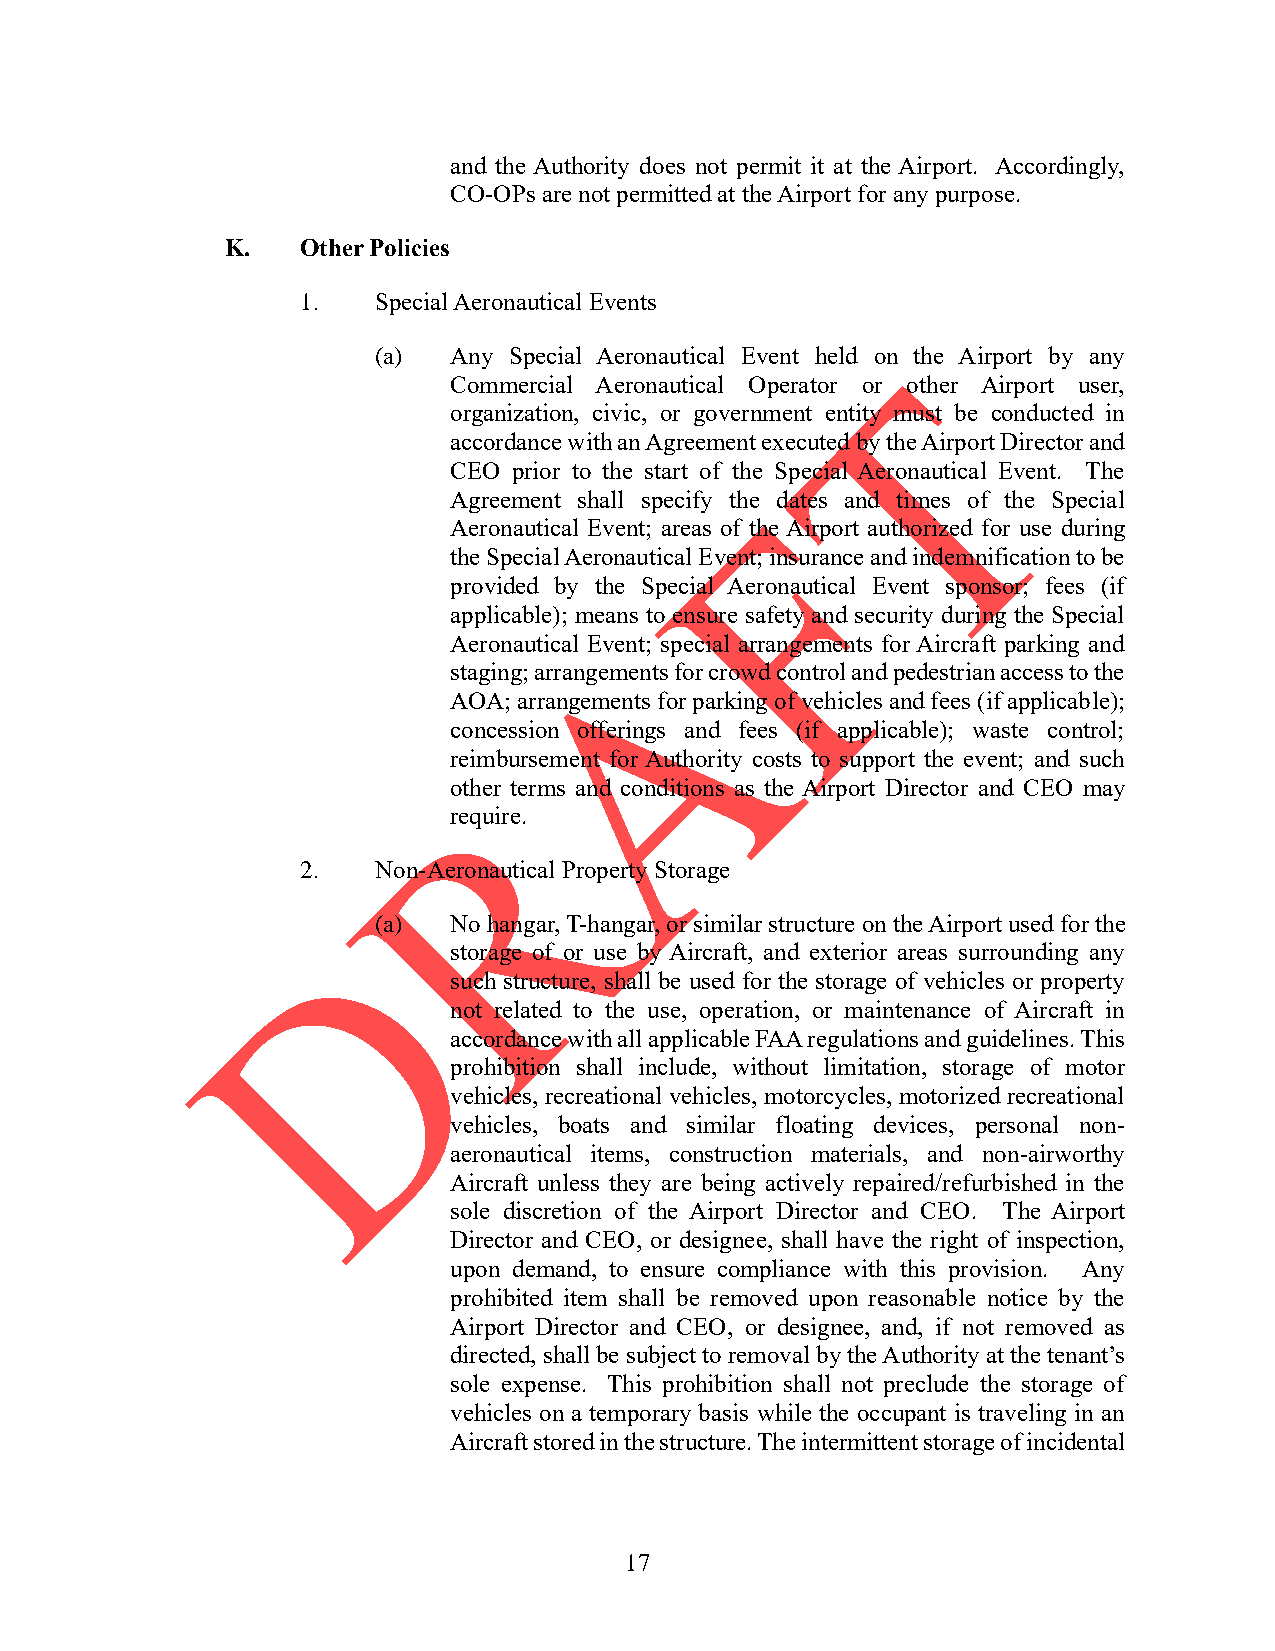
and the Authority does not permit it at the Airport. Accordingly,
 CO-OPs are not permitted at the Airport for any purpose.
 K.   Other Policies
 1.   Special Aeronautical Events
 (a)  Any Special Aeronautical Event held on the Airport by any
 Commercial Aeronautical Operator or other Airport user,
 organization, civic, or government entity must be conducted in
 accordance with an Agreement executed by the Airport Director and
 CEO prior to the start of the Special Aeronautical Event. The
 Agreement shall specify the dates and times of the Special
 Aeronautical Event; areas of the Airport authorized for use during
 the Special Aeronautical Event; insurance and indemnification to be
 provided by the Special Aeronautical Event sponsor; fees (if
 applicable); means to ensure safety and security during the Special
 Aeronautical Event; special arrangements for Aircraft parking and
 staging; arrangements for crowd control and pedestrian access to the
 AOA; arrangements for parking of vehicles and fees (if applicable);
 concession offerings and fees (if applicable); waste control;
 reimbursement for Authority costs to support the event; and such
 other terms and conditions as the Airport Director and CEO may
 require.
 2.   Non-Aeronautical Property Storage
 (a)  No hangar, T-hangar, or similar structure on the Airport used for the
 storage of or use by Aircraft, and exterior areas surrounding any
 such structure, shall be used for the storage of vehicles or property
 not related to the use, operation, or maintenance of Aircraft in
 accordance with all applicable FAA regulations and guidelines. This
 prohibition shall include, without limitation, storage of motor
 vehicles, recreational vehicles, motorcycles, motorized recreational
 vehicles, boats and similar floating devices, personal non-
 aeronautical items, construction materials, and non-airworthy
 Aircraft unless they are being actively repaired/refurbished in the
 sole discretion of the Airport Director and CEO. The Airport
 Director and CEO, or designee, shall have the right of inspection,
 upon demand, to ensure compliance with this provision. Any
 prohibited item shall be removed upon reasonable notice by the
 Airport Director and CEO, or designee, and, if not removed as
 directed, shall be subject to removal by the Authority at the tenant’s
 sole expense. This prohibition shall not preclude the storage of
 vehicles on a temporary basis while the occupant is traveling in an
 Aircraft stored in the structure. The intermittent storage of incidental
 17